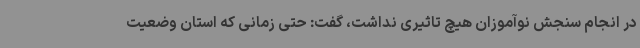
در انجام سنجش نوآموزان هیچ تاثیری نداشت، گفت: حتی زمانی که استان وضعیت